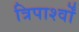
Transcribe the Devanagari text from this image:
त्रिपार्श्वों